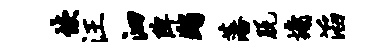
恢汪泗陴蠲藩脱墉滔